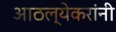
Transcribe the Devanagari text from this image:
आठल्येकरांनी